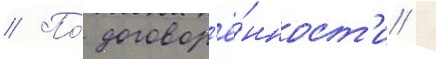
// По́ договор'ё́нност'и /